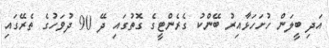
އަދި ބީލަން ހުށަހަޅާއިރު ބޭންކު ގެރެންޓީގެ ގޮތުގައި ދޭ 90 ދުވަހުގެ ތެރޭގައި